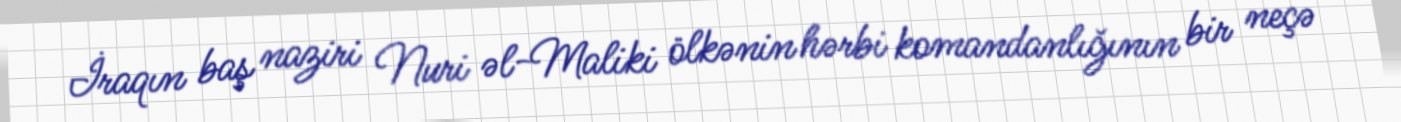
İraqın baş naziri Nuri əl-Maliki ölkənin hərbi komandanlığının bir neçə